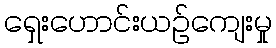
ရှေးဟောင်းယဉ်ကျေးမှု